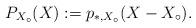
LaTeX: \begin{align*}P_{X_\circ}(X) := p_{*,X_\circ}(X-X_\circ).\end{align*}